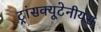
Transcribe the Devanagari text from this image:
ट्रांसक्यूटेनीयस